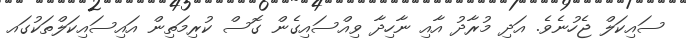
ސައިކަލް ޖެހުނެވެ. އަދި މުރާދު އާއި ނާހިދާ ވިއްސައިގެން ގޮސް ކުރިމަތިން އައިސައިކަލްތަކުގައ